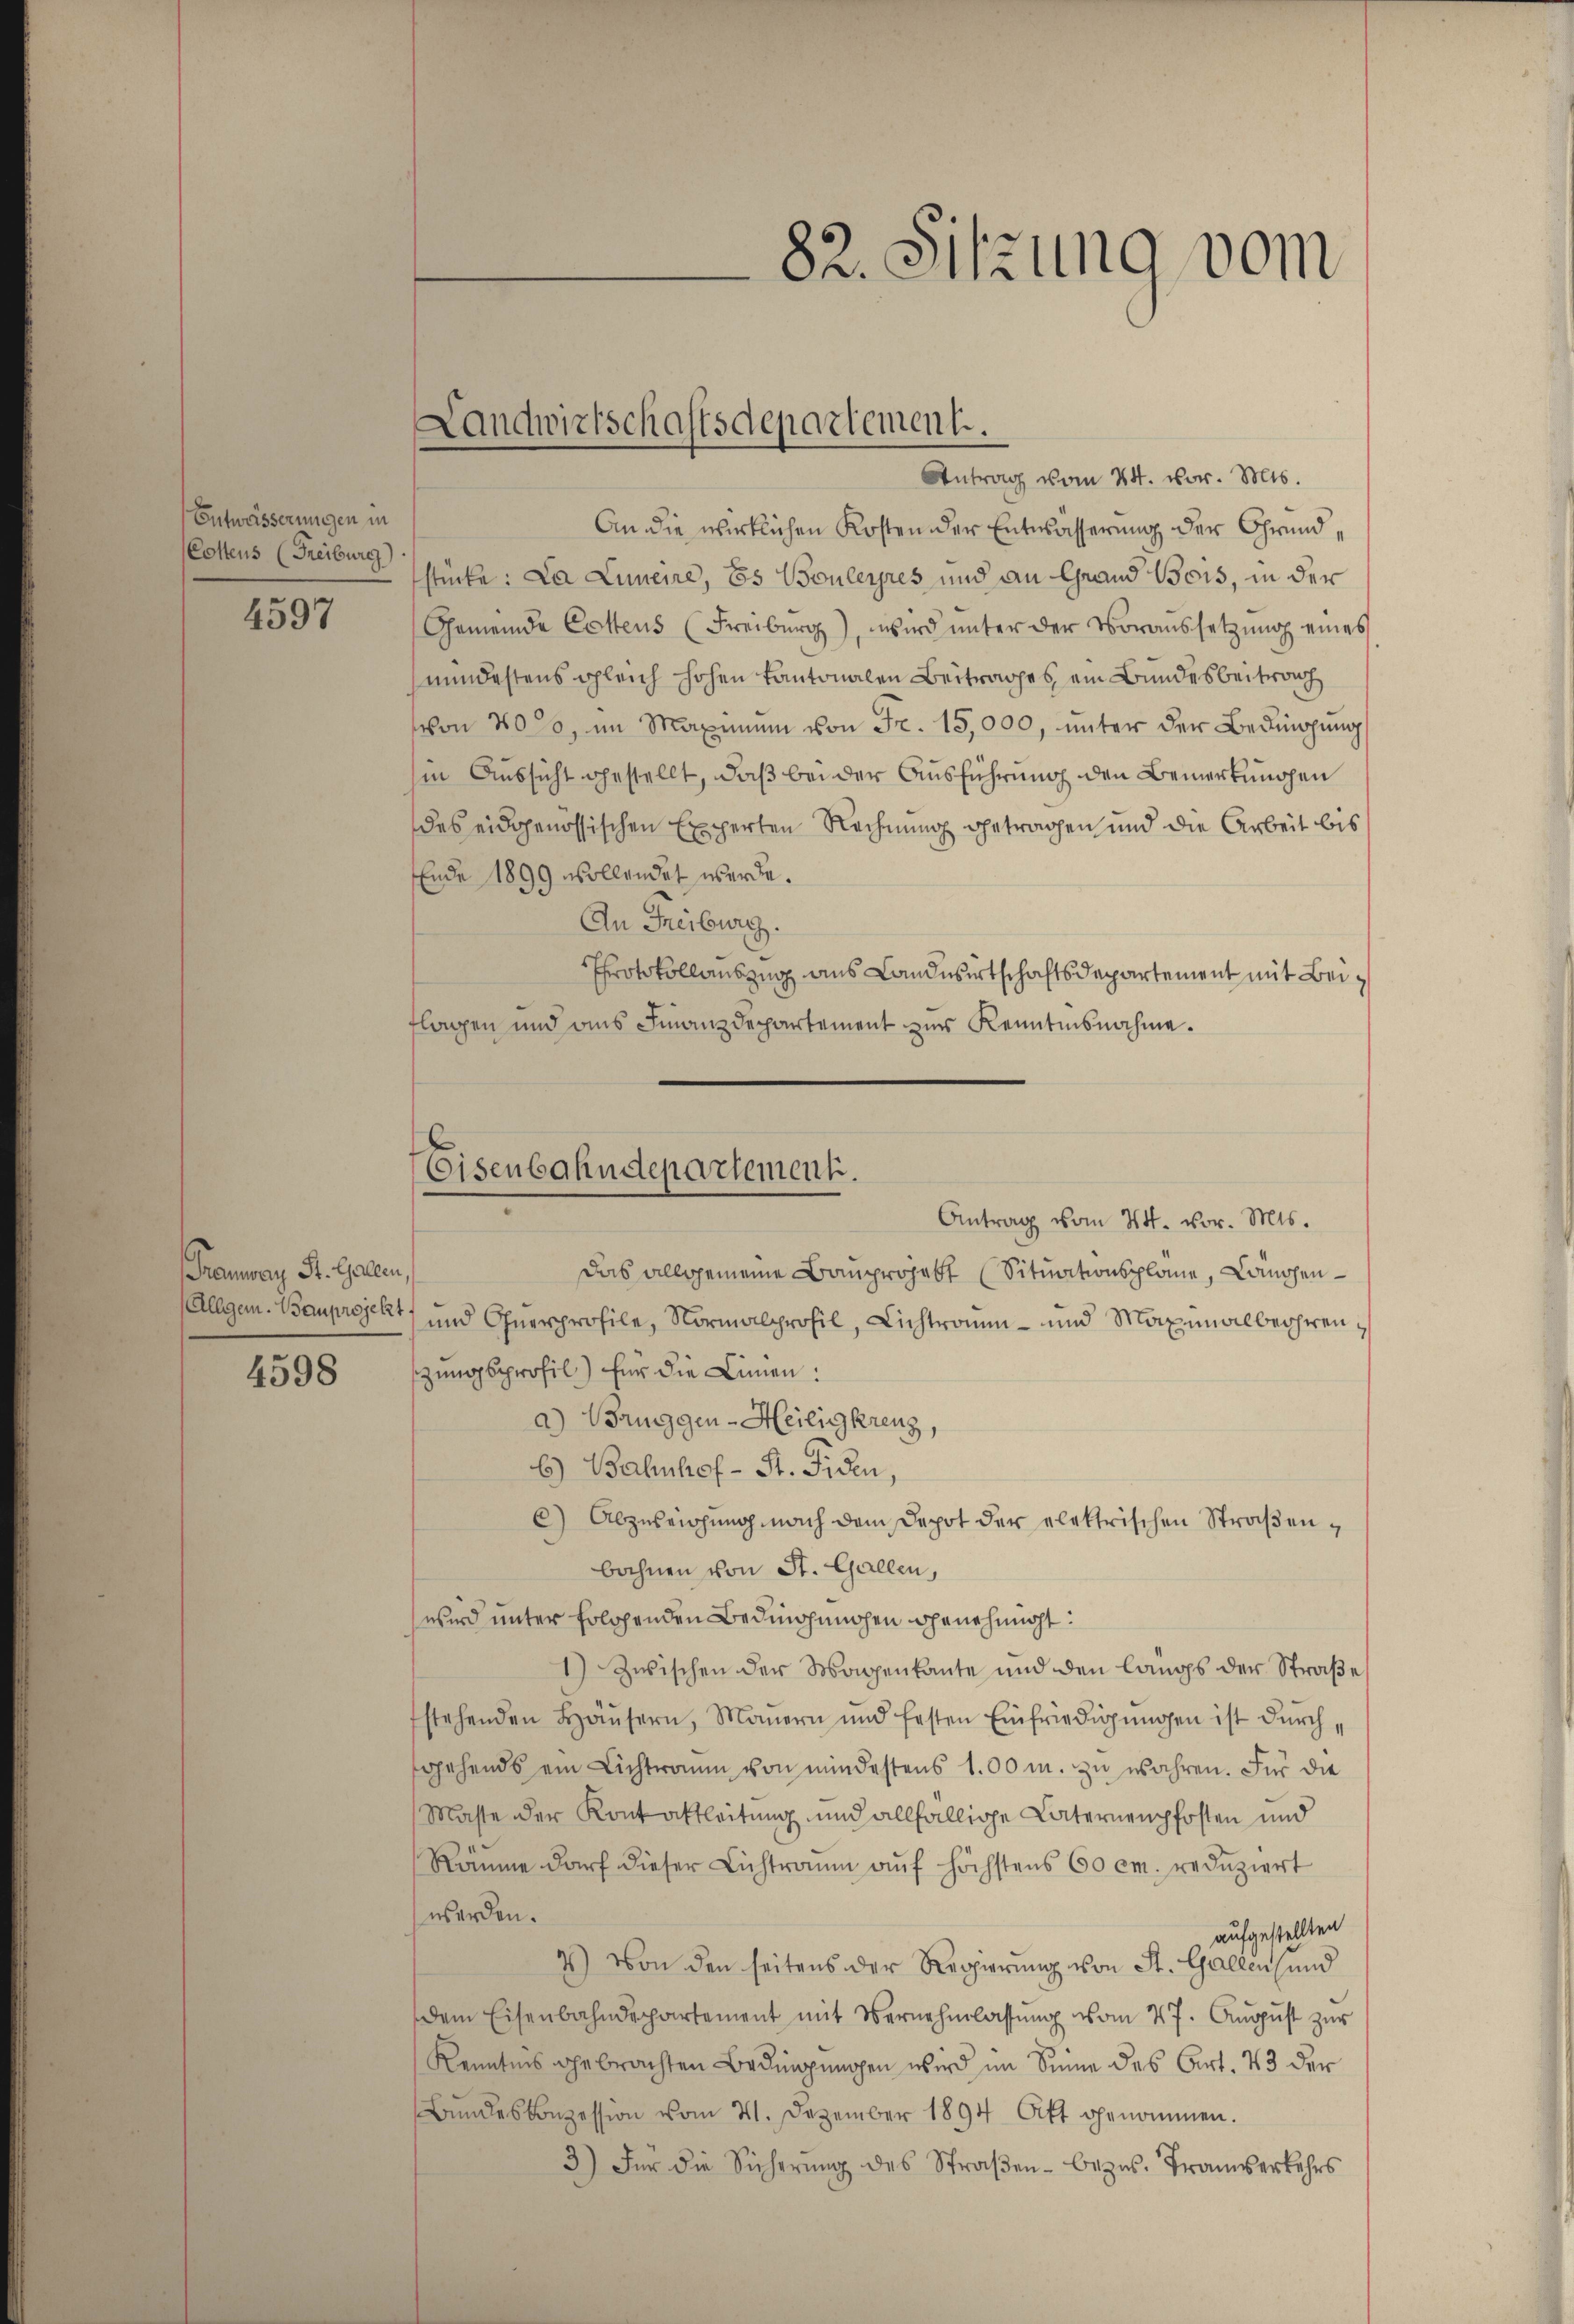
Entwässerungen in
(Costens (Freiburg)

4597

Tramwary St. Gallen,

4598

82. Sitzung vom

Antrag vom 24. vor. Mts.
An die wirklichen Kosten der Entwässerung der Grundstücke: La Lumeire, Es Bouleyres und an Grand Bois, in der
Gemeinde Cottens (Freiburg), wird unter der Voraussetzung eines
mindestens gleich hohen Kantonalen Beitrages, ein Bundesbeitrag
von 40%, im Maximum von Fr. 15,000, unter der Bedingung
hie Aussicht gestellt, daß bei der Ausführung den Bemerkungen
des eidgenössischen Experten Rechnung getragen und die Arbeit bis
Ende 1899 wollendet werde.
An Freiburg.
Protokollauszug aus Landwirtschaftsdepartement mit Beiflagen und ans Finanzdepartement zur Kenntnisnahme.
Antrag vom 24. vor. Mts.
Das allgemeine Bauprojekt (Situationsplane, Landen¬
Allgem. Bauprojekt und Ohnerprofile, Normalprofil, Lichtramm- und Maximalbehrenzungsprofil) für die Linien:
a) Bruggen-Heiligkreuz,
6.) Bahnhof - St. Fiden,
6) Abzureichung nach dem Depot der elektrischen Straßenbahnen von St. Gallen,
wird unter solchenden Bedingungen genehmigt:
1) Zwischen der Wagenkante und den langs der Straße
fstehenden Häŭsern, Maṅern und festen Einfriedigŭngen ist dŭrch
gehends ein Lichtraum von mindestens 100 m. zu wahren. Für die
Masse der Kontaktleitung und allfällige Laternenpfosten und
Räume darf dieser Lichtraum auf höchstens 60 cm. reduziert
werden.
aufgestellten
2) Von den seitens der Regierung von St. Gallen (und
dem Eisenbahndepartement mit Vernehmlassŭng vom 27. Aŭgŭst zŭr
Kenntnis gebrachten Bedingungen wird im Sinne des Art. 43 der
Bŭndeskonzession vom 21. Dezember 1894 Oft genommen.
3) Für die Sicherŭng des Straβen-Bezŭs. Tranverkehrs

Landwirtschaftsdepartement.

Eisenbahndepartement.